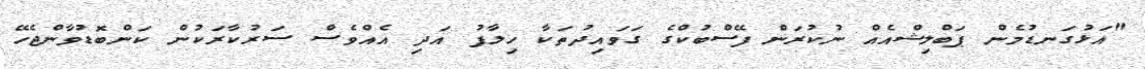
"އަޅުގަނޑުމެން ޕަބްލިޝްއެއް ނުކުރަން ފޭސްބުކްގެ ގަވައިދުތަކާ ހިލާފު އަދި އެއްވެސް ސަރުކާރަކުން ކަންބޮޑުވާންޖެހޭ